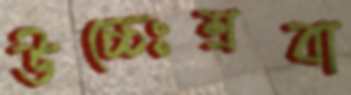
উচ্চেঃশ্রবা